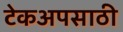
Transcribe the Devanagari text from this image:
टेकअपसाठी